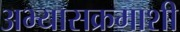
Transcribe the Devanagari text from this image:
अभ्यासक्रमाशी